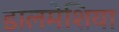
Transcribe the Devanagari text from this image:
डालमेशिया